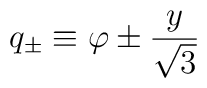
q_{\pm} \equiv \varphi \pm {y \over \sqrt{3}}